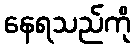
နေရသည်ကို